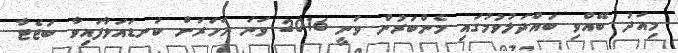
މިއަދު ބޭއްވި ބައްދަލުވުމުގައި މެންބަރުން ވަނީ 2016 ވަނަ އަހަރަށް ކަނޑައަޅާފައިވާ ބަޖެޓާ